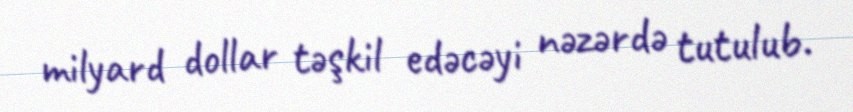
milyard dollar təşkil edəcəyi nəzərdə tutulub.